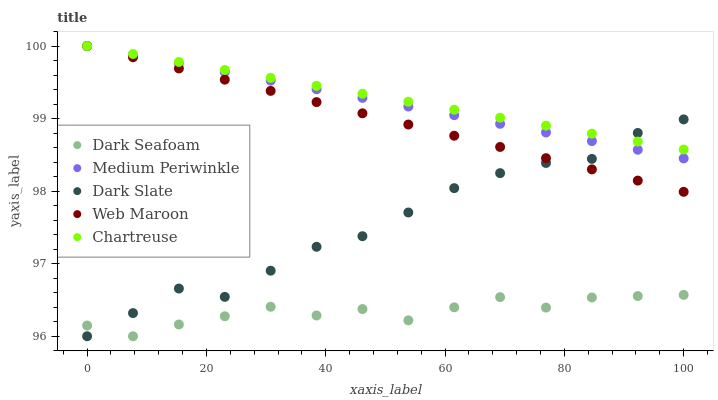
| xaxis_label | Dark Seafoam | Medium Periwinkle | Dark Slate | Web Maroon | Chartreuse |
 | --- | --- | --- | --- | --- | --- |
 | 0 | 96.1 | 100 | 96 | 100 | 100 |
 | 7.69 | 96 | 99.9 | 96.3 | 99.8 | 99.9 |
 | 15.4 | 96.2 | 99.8 | 96.7 | 99.7 | 99.8 |
 | 23.1 | 96.3 | 99.6 | 96.5 | 99.5 | 99.7 |
 | 30.8 | 96.4 | 99.5 | 96.9 | 99.4 | 99.6 |
 | 38.5 | 96.3 | 99.4 | 97.2 | 99.2 | 99.5 |
 | 46.2 | 96.4 | 99.3 | 97.4 | 99.1 | 99.3 |
 | 53.8 | 96.2 | 99.2 | 97.7 | 98.9 | 99.2 |
 | 61.5 | 96.4 | 99 | 98 | 98.8 | 99.1 |
 | 69.2 | 96.5 | 98.9 | 98.2 | 98.6 | 99 |
 | 76.9 | 96.4 | 98.8 | 98.4 | 98.5 | 98.9 |
 | 84.6 | 96.5 | 98.7 | 98.4 | 98.3 | 98.8 |
 | 92.3 | 96.6 | 98.6 | 98.8 | 98.1 | 98.7 |
 | 100 | 96.6 | 98.5 | 99 | 98 | 98.6 |